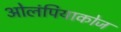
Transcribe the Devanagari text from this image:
ओलंपियाकोज